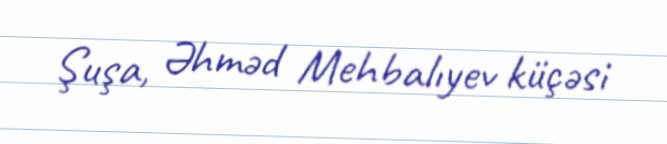
Şuşa, Əhməd Mehbalıyev küçəsi